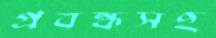
প্রবন্ধসহ